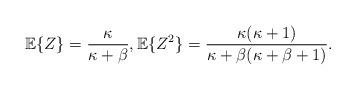
LaTeX: \begin{align*} \mathbb{E}\{Z\}=\frac{\kappa}{\kappa+\beta}, \mathbb{E}\{Z^2\}=\frac{\kappa(\kappa+1)}{\kappa+\beta(\kappa+\beta+1)}.\end{align*}